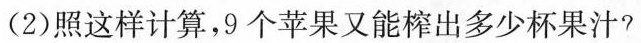
(2)照这样计算，9个苹果又能榨出多少杯果汁?